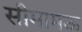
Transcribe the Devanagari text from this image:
सीमामऊ